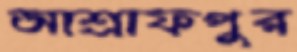
আশ্রাফপুর